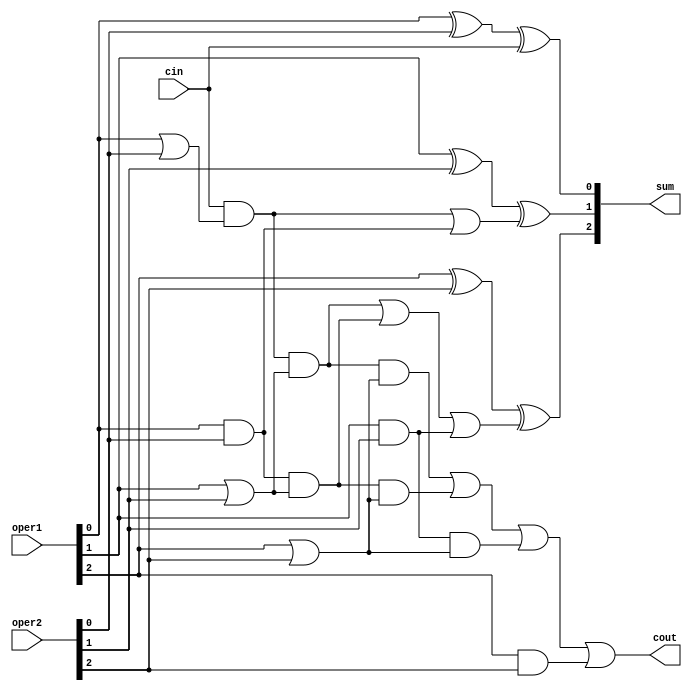
module adder_3b(
   sum, cout, 
   oper1, oper2, cin
   );
input   [2:0]	oper1;
input   [2:0]	oper2;
input   cin;
output  [2:0]	sum;
output	cout;
wire    [2:0]   gen, prop;
wire    [3:0]   carry ;
assign  carry[0] = cin;
assign  gen[0] = oper1[0] & oper2[0] ;
assign  prop[0] = oper1[0] | oper2[0] ;
assign  sum[0] = oper1[0] ^ oper2[0] ^ carry[0] ;
assign  carry[1] = ( carry[0]  & prop[0] ) | gen[0] ;
assign  gen[1] = oper1[1] & oper2[1] ;
assign  prop[1] = oper1[1] | oper2[1] ;
assign  sum[1] = oper1[1] ^ oper2[1] ^ carry[1] ;
assign  carry[2] = ( carry[0]  & prop[0] & prop[1] ) |
                ( gen[0]  & prop[1] ) | gen[1]   ;
assign  gen[2] = oper1[2] & oper2[2] ;
assign  prop[2] = oper1[2] | oper2[2] ;
assign  sum[2] = oper1[2] ^ oper2[2] ^ carry[2] ;
assign  carry[3] = ( carry[0]  & prop[0] & prop[1] & prop[2] ) |
                        ( gen[0]  & prop[1] & prop[2] ) |
                        ( gen[1]  & prop[2] ) | gen[2]   ;
assign  cout = carry[3];
endmodule